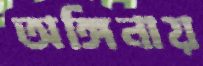
অঙ্গিনায়